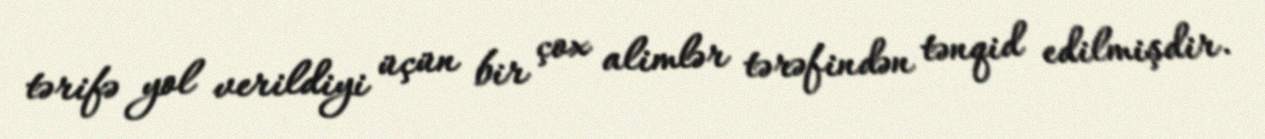
tərifə yol verildiyi üçün bir çox alimlər tərəfindən tənqid edilmişdir.